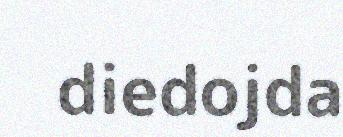
diedojda